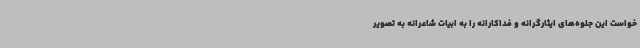
خواست این جلوه‌های ایثارگرانه و فداکارانه را به ابیات شاعرانه به تصویر